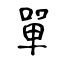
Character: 單